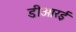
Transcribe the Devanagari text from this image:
डीआरई